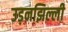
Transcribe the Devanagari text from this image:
उड़नझिल्ली